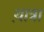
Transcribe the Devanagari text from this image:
या़त्रा